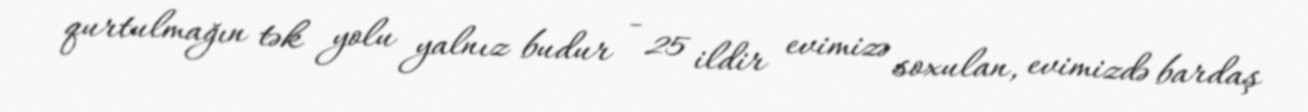
qurtulmağın tək yolu yalnız budur - 25 ildir evimizə soxulan, evimizdə bardaş